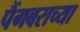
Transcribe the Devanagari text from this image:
पैंगबराच्या